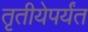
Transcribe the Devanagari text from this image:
तृतीयेपर्यंत